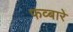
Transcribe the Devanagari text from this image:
फव्‍बारे